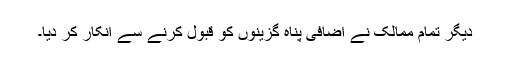
دیگر تمام ممالک نے اضافی پناہ گزینوں کو قبول کرنے سے انکار کر دیا۔